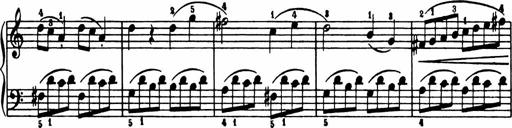
Title: Analytical Sonatinas
Composer: Frank Lynes